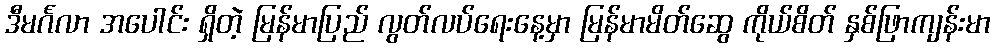
ဒီမင်္ဂလာ အပေါင်း ရှိတဲ့ မြန်မာပြည် လွတ်လပ်ရေးနေ့မှာ မြန်မာမိတ်ဆွေ ကိုယ်စိတ် နှစ်ဖြာကျန်းမာ